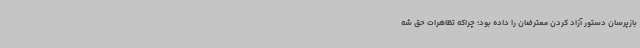
بازپرسان دستور آزاد کردن معترضان را داده بود؛ چراکه تظاهرات حق شه